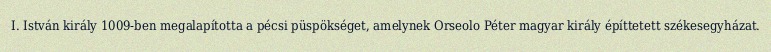
I. István király 1009-ben megalapította a pécsi püspökséget, amelynek Orseolo Péter magyar király építtetett székesegyházat.